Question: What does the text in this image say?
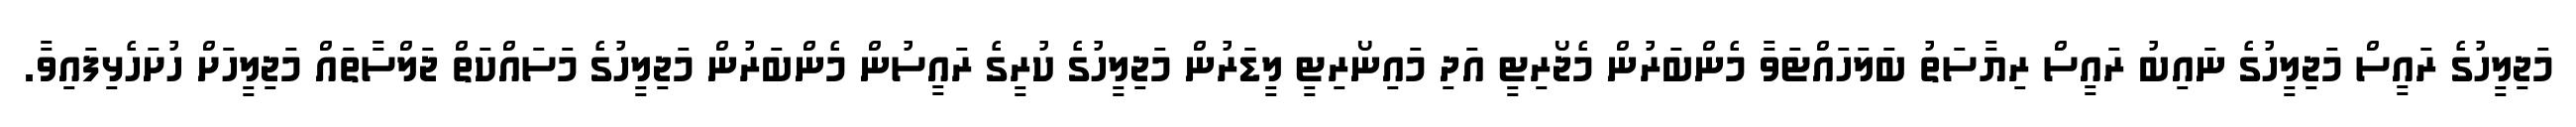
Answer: މަޖިލީހުގެ ރައީސް މަޖިލީހުގެ ނައިބު ރައީސް ރިޔާސަތު ބަލަހައްޓަވާ މެންބަރުން މެޖޯރިޓީ އަދި މައިނޯރިޓީ ލީޑަރުން މަޖިލީހުގެ ކުރީގެ ރައީސުން މެންބަރުން މަޖިލީހުގެ މަސައްކަތް ޖަލްސާތައް މަޖިލީހަށް ހުށަހެޅިފައިވާ.